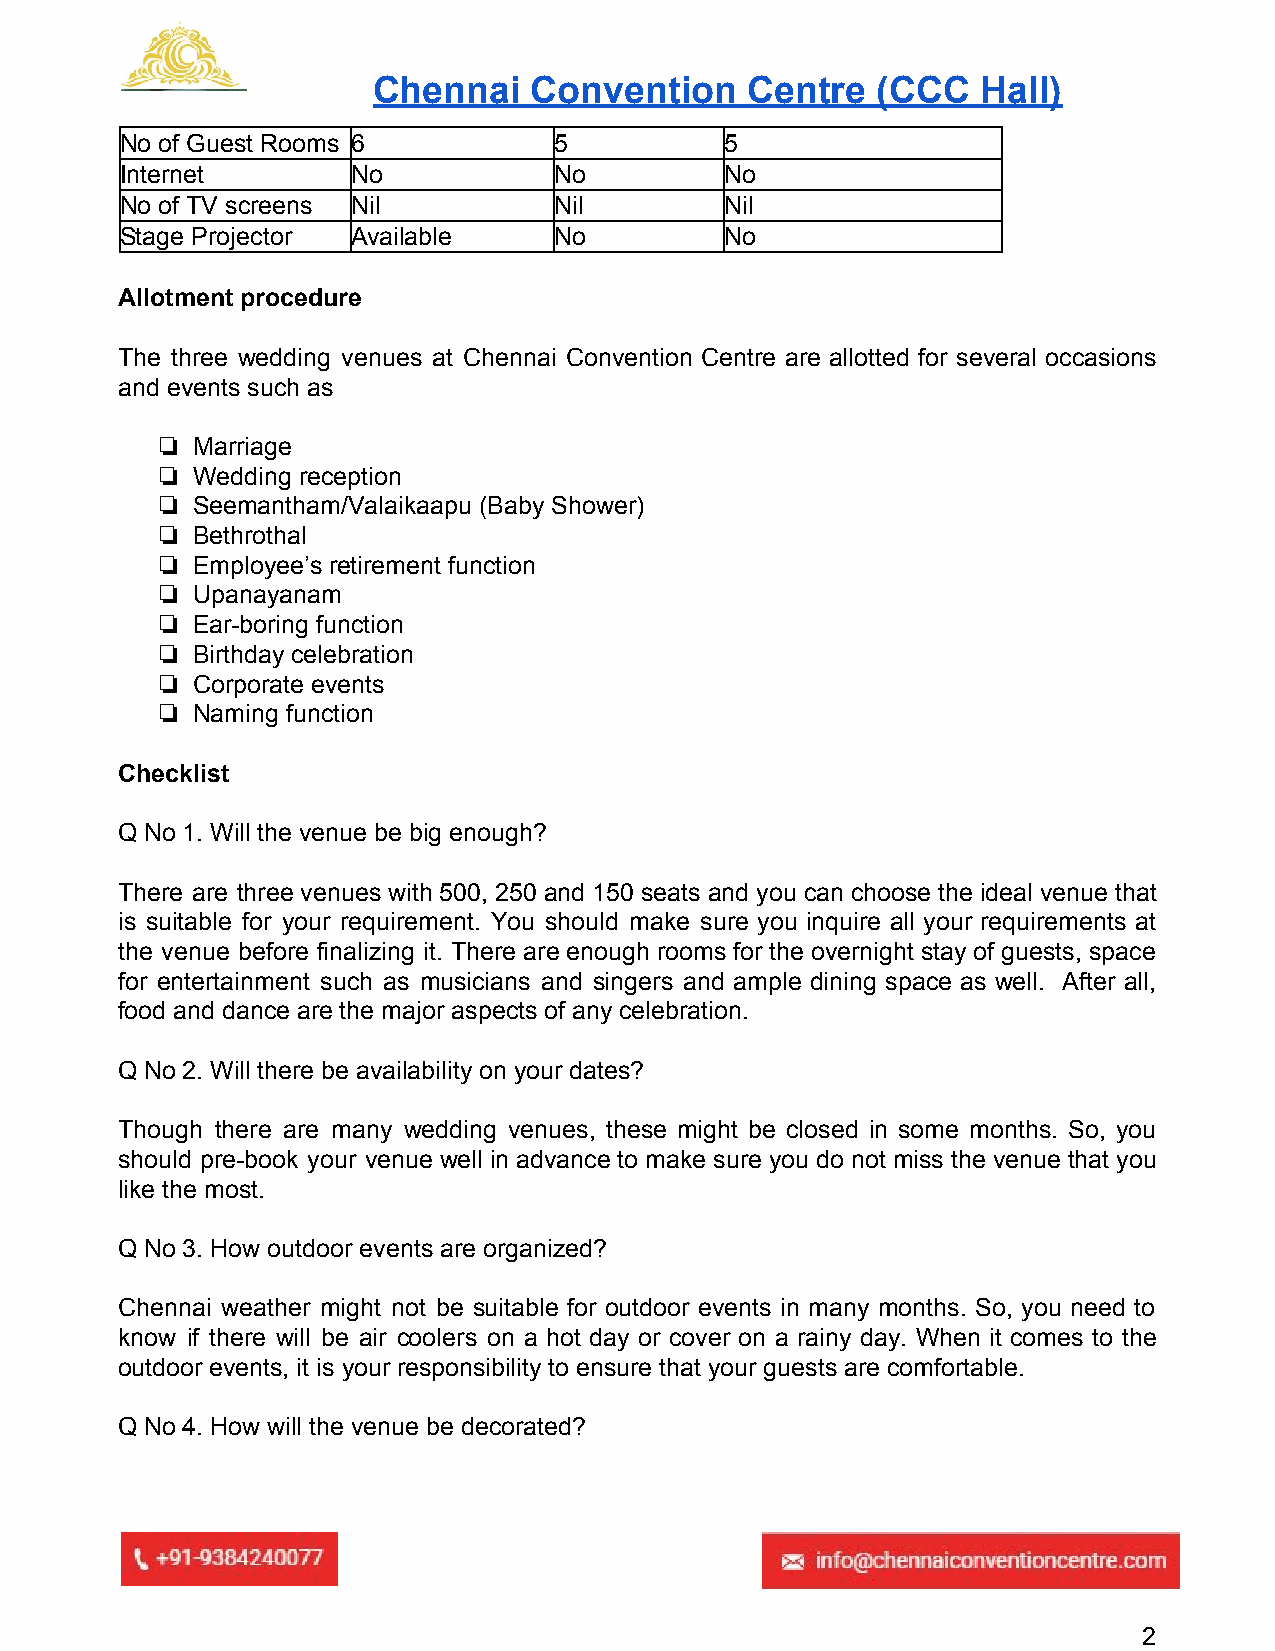
Chennai   Convention    Centre   (CCC   Hall)
 ​
 No of Guest Rooms 6          5          5
 Internet       No            No         No
 No of TV screens Nil         Nil        Nil
 Stage Projector Available    No         No
 Allotment procedure
 The three wedding venues at Chennai Convention Centre are allotted for several occasions
 and events such as
 ❏  Marriage
 ❏  Wedding reception
 ❏  Seemantham/Valaikaapu (Baby Shower)
 ❏  Bethrothal
 ❏  Employee’s retirement function
 ❏  Upanayanam
 ❏  Ear-boring function
 ❏  Birthday celebration
 ❏  Corporate events
 ❏  Naming function
 Checklist
 Q No 1. Will the venue be big enough?
 There are three venues with 500, 250 and 150 seats and you can choose the ideal venue that
 is suitable for your requirement. You should make sure you inquire all your requirements at
 the venue before finalizing it. There are enough rooms for the overnight stay of guests, space
 for entertainment such as musicians and singers and ample dining space as well. After all,
 food and dance are the major aspects of any celebration.
 Q No 2. Will there be availability on your dates?
 Though there are many wedding venues, these might be closed in some months. So, you
 should pre-book your venue well in advance to make sure you do not miss the venue that you
 like the most.
 Q No 3. How outdoor events are organized?
 Chennai weather might not be suitable for outdoor events in many months. So, you need to
 know if there will be air coolers on a hot day or cover on a rainy day. When it comes to the
 outdoor events, it is your responsibility to ensure that your guests are comfortable.
 Q No 4. How will the venue be decorated?
 2